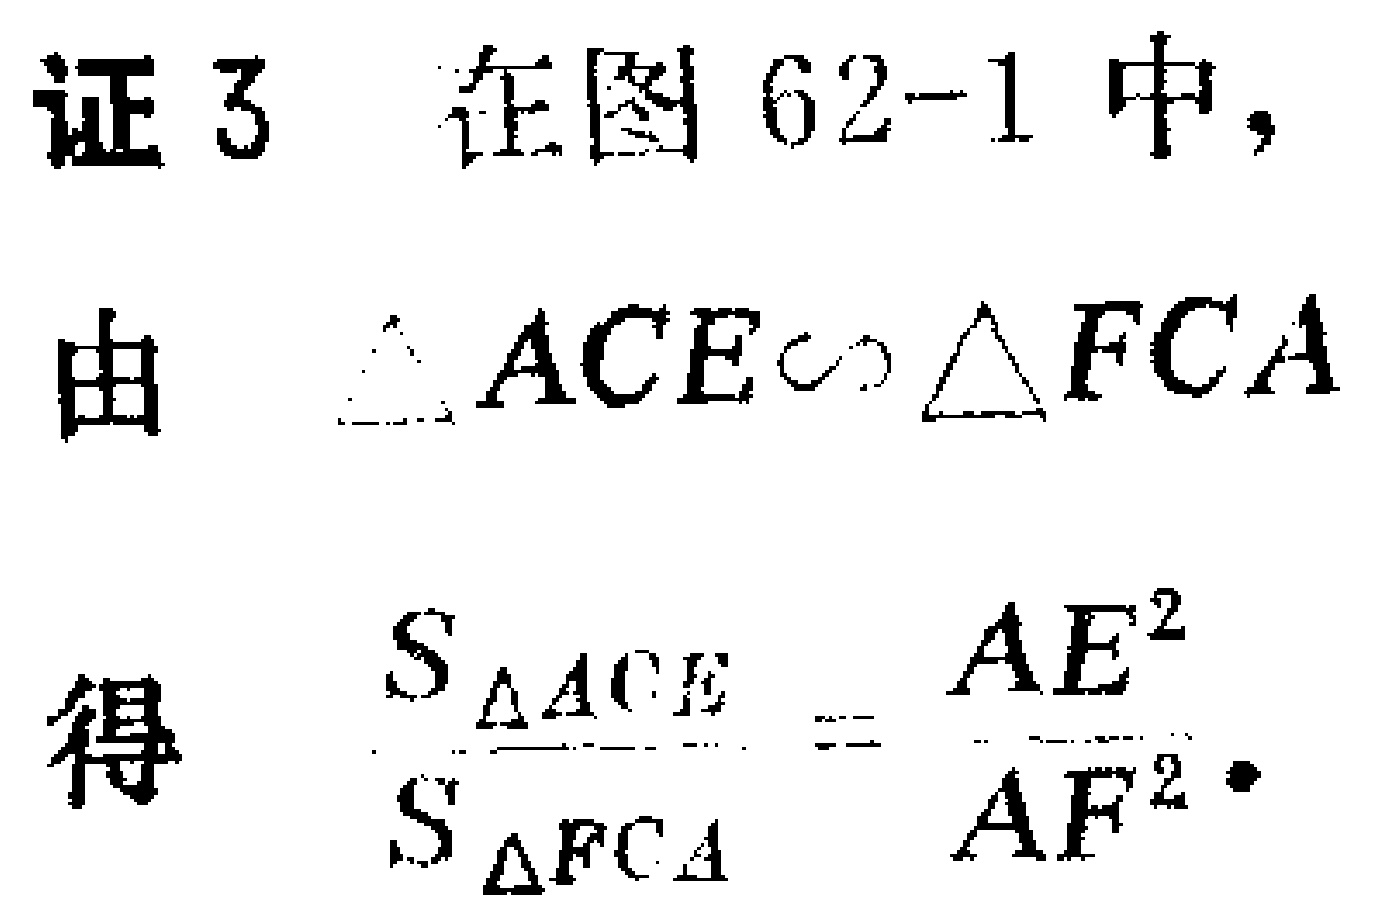
证3 在图62-1中，
由 $\triangle ACE\sim\triangle FCA$
得 $\frac{S_{\triangle ACE}}{S_{\triangle FCA}} = \frac{AE^{2}}{AF^{2}}$